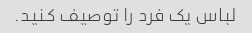
لباس یک فرد را توصیف کنید.